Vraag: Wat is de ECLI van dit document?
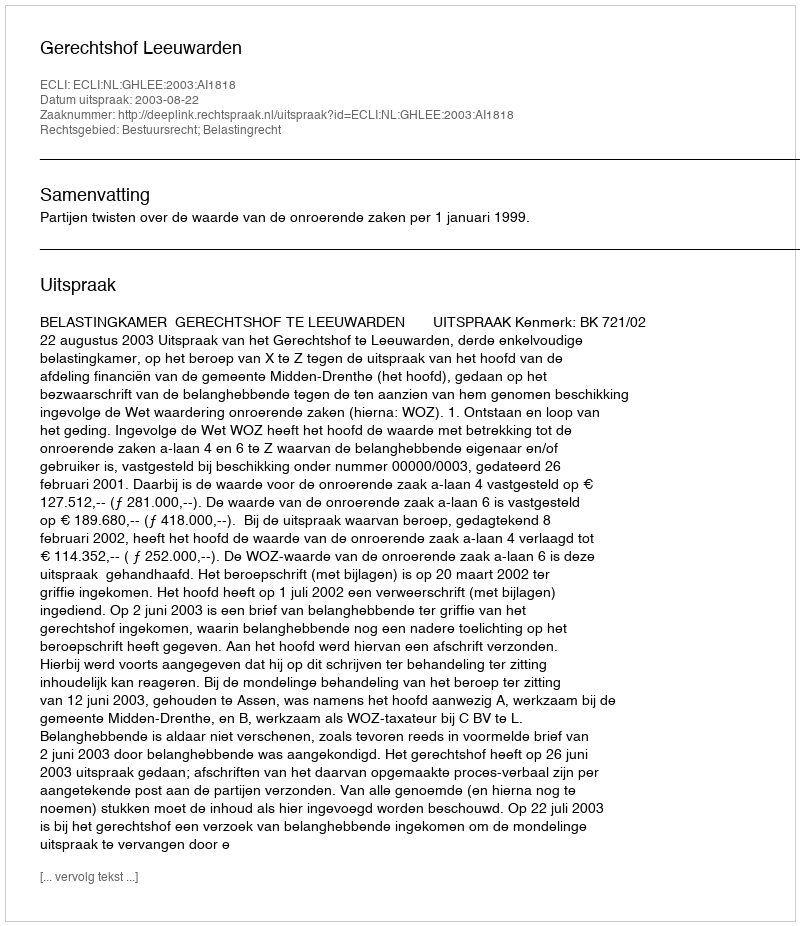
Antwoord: ECLI:NL:GHLEE:2003:AI1818